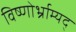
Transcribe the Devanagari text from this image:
विष्णोर्भ्राम्यद्